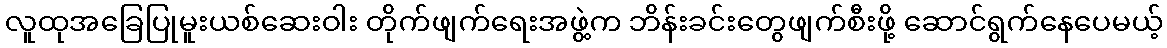
လူထုအခြေပြုမူးယစ်ဆေးဝါး တိုက်ဖျက်ရေးအဖွဲ့က ဘိန်းခင်းတွေဖျက်စီးဖို့ ဆောင်ရွက်နေပေမယ့်